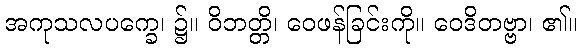
အကုသလပက္ခေ၊ ၌။ ဝိဘတ္တိ၊ ဝေဖန်ခြင်းကို။ ဝေဒိတဗ္ဗာ၊ ၏။